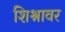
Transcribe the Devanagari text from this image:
शिश्नावर